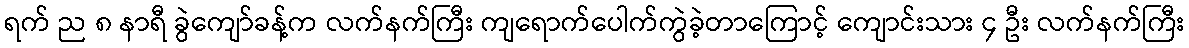
ရက် ည ၈ နာရီ ခွဲကျော်ခန့်က လက်နက်ကြီး ကျရောက်ပေါက်ကွဲခဲ့တာကြောင့် ကျောင်းသား ၄ ဦး လက်နက်ကြီး